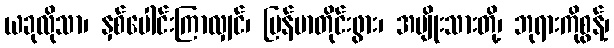
ယခုလိုသာ၊ နှစ်ပေါင်းကြာလျှင်၊ မြန်မာတိုင်းဖွား၊ အမျိုးသားတို့၊ ဘုရားကိုစွန့်၊